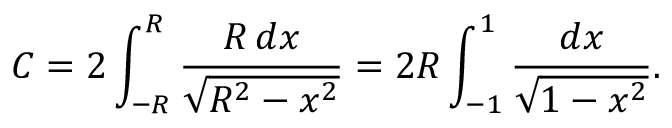
C = 2 \int _ { - R } ^ { R } { \frac { R \, d x } { \sqrt { R ^ { 2 } - x ^ { 2 } } } } = 2 R \int _ { - 1 } ^ { 1 } { \frac { d x } { \sqrt { 1 - x ^ { 2 } } } } .